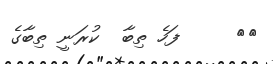
٥٥     ފަހެ ތިބާ  ކުރަނީ ތިބާގެ